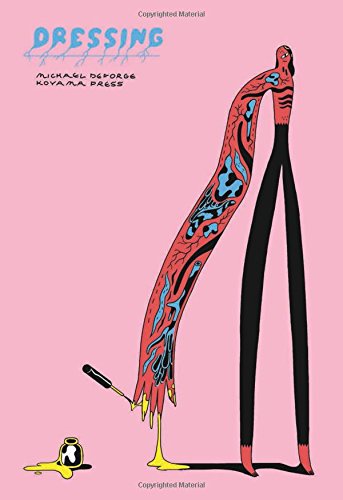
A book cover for Dressing; Michael DeForge; Comics & Graphic Novels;